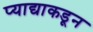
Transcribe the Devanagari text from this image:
प्याद्याकडून